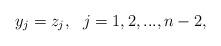
LaTeX: \begin{align*}y_j=z_j, \ \ j=1,2,...,n-2,\end{align*}